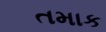
તમાક